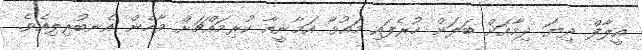
އީލާފް ދިޔަ ދިމާއަށް ބަލަން ހުރެފައި މައުވާ އަމާނީއާ ކުރިމައްޗަށް ވާހެން އެނބުރިލިއެވެ.